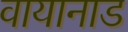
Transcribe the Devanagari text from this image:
वायानाड